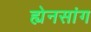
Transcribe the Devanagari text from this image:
ह्येनसांग